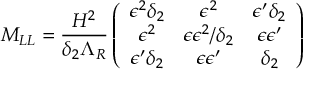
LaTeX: M _ { L L } = \frac { H ^ { 2 } } { \delta _ { 2 } \Lambda _ { R } } \left( \begin{array} { c c c } { { \epsilon ^ { 2 } \delta _ { 2 } } } & { { \epsilon ^ { 2 } } } & { { \epsilon ^ { \prime } \delta _ { 2 } } } \\ { { \epsilon ^ { 2 } } } & { { \epsilon \epsilon ^ { 2 } / \delta _ { 2 } } } & { { \epsilon \epsilon ^ { \prime } } } \\ { { \epsilon ^ { \prime } \delta _ { 2 } } } & { { \epsilon \epsilon ^ { \prime } } } & { { \delta _ { 2 } } } \end{array} \right)